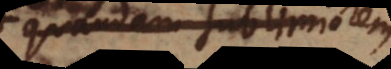
quandam sublimiorem